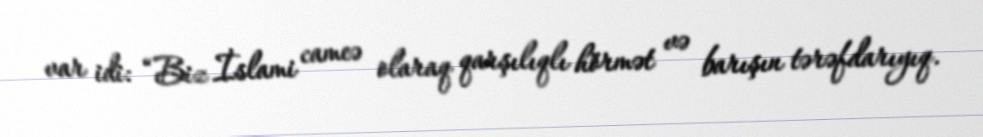
var idi: “Biz İslami cameə olaraq qarşılıqlı hörmət və barışın tərəfdarıyıq.